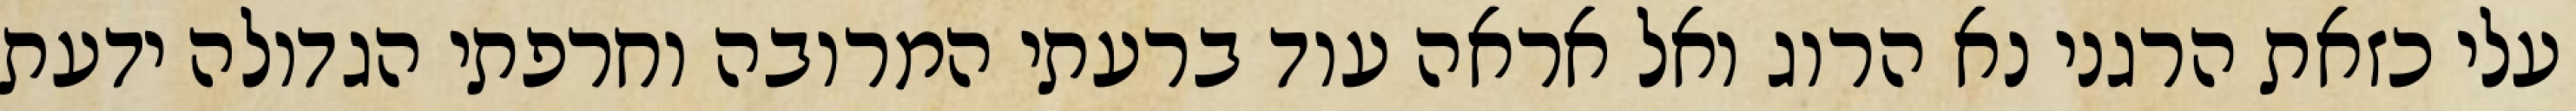
עלי כזאת הרגני נא הרוג ואל אראה עוד ברעתי המרובה וחרפתי הגדולה ידעת